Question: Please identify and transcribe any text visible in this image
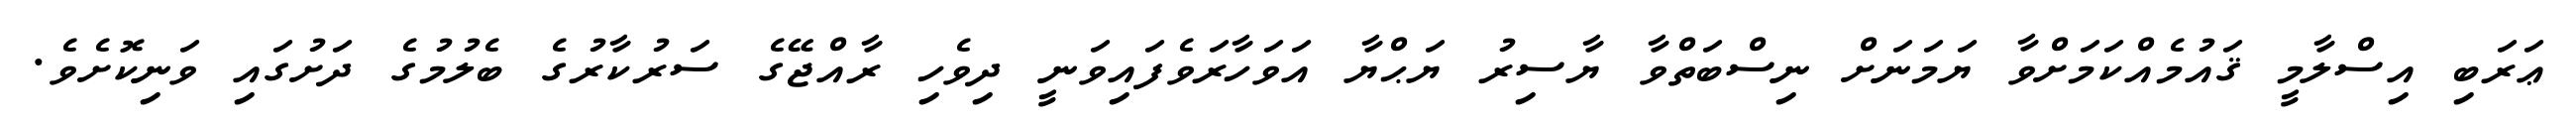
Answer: ޢަރަބި އިސްލާމީ ޤައުމެއްކަމަށްވާ ޔަމަނަށް ނިސްބަތްވާ ޔާސިރު ޔަޙްޔާ އަވަހާރަވެފައިވަނީ ދިވެހި ރާއްޖޭގެ ސަރުކާރުގެ ބެލުމުގެ ދަށުގައި ވަނިކޮށެވެ.